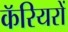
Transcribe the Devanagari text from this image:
कॅरियरों